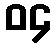
၀၄